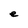
Character: e